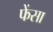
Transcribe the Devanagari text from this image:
फेंसा